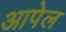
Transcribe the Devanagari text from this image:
आपेल